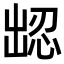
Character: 𪞹